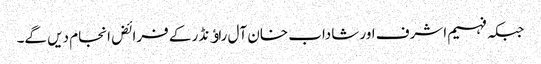
جبکہ فہیم اشرف اور شاداب خان آل راﺅنڈر کے فرائض انجام دیں گے۔